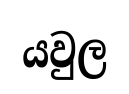
යවුල